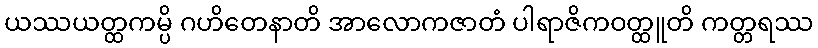
ယဿယတ္ထကမ္ပိ ဂဟိတေနာတိ အာလောကဇာတံ ပါရာဇိကဝတ္ထူတိ ကတ္တရဿ